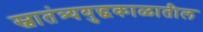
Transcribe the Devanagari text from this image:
स्वातंत्र्ययुद्धकाळातील